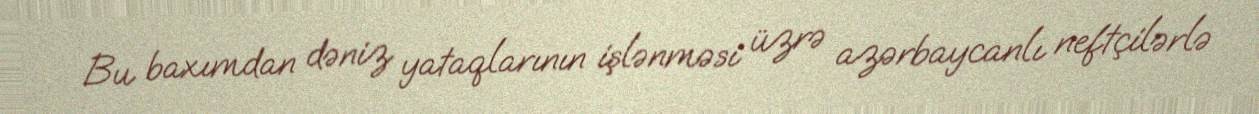
Bu baxımdan dəniz yataqlarının işlənməsi üzrə azərbaycanlı neftçilərlə